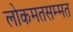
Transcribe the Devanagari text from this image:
लोकमतसम्मत